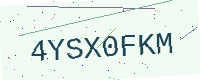
Text: 4YSX0FKM